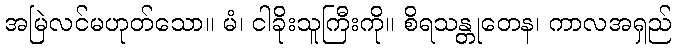
အမြဲလင်မဟုတ်သော။ မံ၊ ငါခိုးသူကြီးကို။ စိရသန္တုတေန၊ ကာလအရှည်